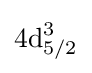
{\text{4d}}_{5/2}^{3}